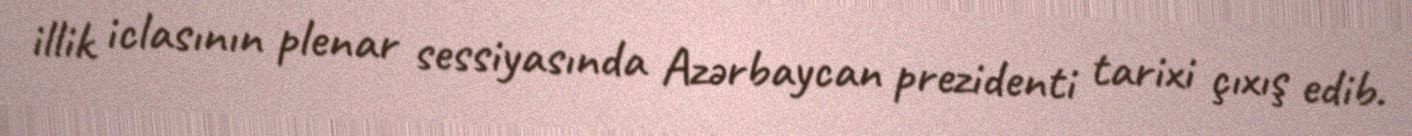
illik iclasının plenar sessiyasında Azərbaycan prezidenti tarixi çıxış edib.